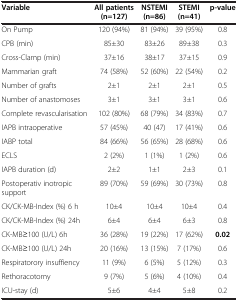
<table><thead><tr><td><b>Variable</b></td><td><b>All patients (n=127)</b></td><td><b>NSTEMI (n=86)</b></td><td><b>STEMI (n=41)</b></td><td><b>p-value</b></td></tr></thead><tbody><tr><td>On Pump</td><td>120 (94%)</td><td>81 (94%)</td><td>39 (95%)</td><td>0.8</td></tr><tr><td>CPB (min)</td><td>85±30</td><td>83±26</td><td>89±38</td><td>0.3</td></tr><tr><td>Cross-Clamp (min)</td><td>37±16</td><td>38±17</td><td>37±15</td><td>0.9</td></tr><tr><td>Mammarian graft</td><td>74 (58%)</td><td>52 (60%)</td><td>22 (54%)</td><td>0.2</td></tr><tr><td>Number of grafts</td><td>2±1</td><td>2±1</td><td>2±1</td><td>0.5</td></tr><tr><td>Number of anastomoses</td><td>3±1</td><td>3±1</td><td>3±1</td><td>0.6</td></tr><tr><td>Complete revascularisation</td><td>102 (80%)</td><td>68 (79%)</td><td>34 (83%)</td><td>0.7</td></tr><tr><td>IAPB intraoperative</td><td>57 (45%)</td><td>40 (47)</td><td>17 (41%)</td><td>0.6</td></tr><tr><td>IABP total</td><td>84 (66%)</td><td>56 (65%)</td><td>28 (68%)</td><td>0.6</td></tr><tr><td>ECLS</td><td>2 (2%)</td><td>1 (1%)</td><td>1 (2%)</td><td>0.6</td></tr><tr><td>IAPB duration (d)</td><td>2±2</td><td>1±1</td><td>2±3</td><td>0.1</td></tr><tr><td>Postoperativ inotropic support</td><td>89 (70%)</td><td>59 (69%)</td><td>30 (73%)</td><td>0.8</td></tr><tr><td>CK/CK-MB-Index (%) 6 h</td><td>10±4</td><td>10±4</td><td>10±4</td><td>0.4</td></tr><tr><td>CK/CK-MB-Index (%) 24h</td><td>6±4</td><td>6±4</td><td>6±3</td><td>0.8</td></tr><tr><td>CK-MB≥100 (U/L) 6h</td><td>36 (28%)</td><td>19 (22%)</td><td>17 (62%)</td><td><b>0.02</b></td></tr><tr><td>CK-MB≥100 (U/L) 24h</td><td>20 (16%)</td><td>13 (15%)</td><td>7 (17%)</td><td>0.6</td></tr><tr><td>Respiratorory insuffiency</td><td>11 (9%)</td><td>6 (5%)</td><td>5 (12%)</td><td>0.3</td></tr><tr><td>Rethoracotomy</td><td>9 (7%)</td><td>5 (6%)</td><td>4 (10%)</td><td>0.4</td></tr><tr><td>ICU-stay (d)</td><td>5±6</td><td>4±4</td><td>5±8</td><td>0.2</td></tr></tbody></table>